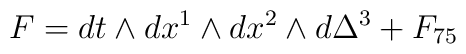
F=dt\wedge dx^1\wedge dx^2\wedge d\Delta^3+F_{75}